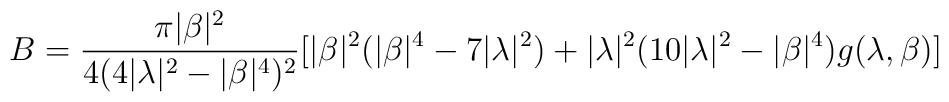
B = \frac{\pi |\beta|^2}{4(4|\lambda|^2 - |\beta|^4)^2}[|\beta|^2 (|\beta|^4 - 7 |\lambda|^2) + |\lambda|^2 (10 |\lambda|^2 - |\beta|^4) g(\lambda ,\beta )]